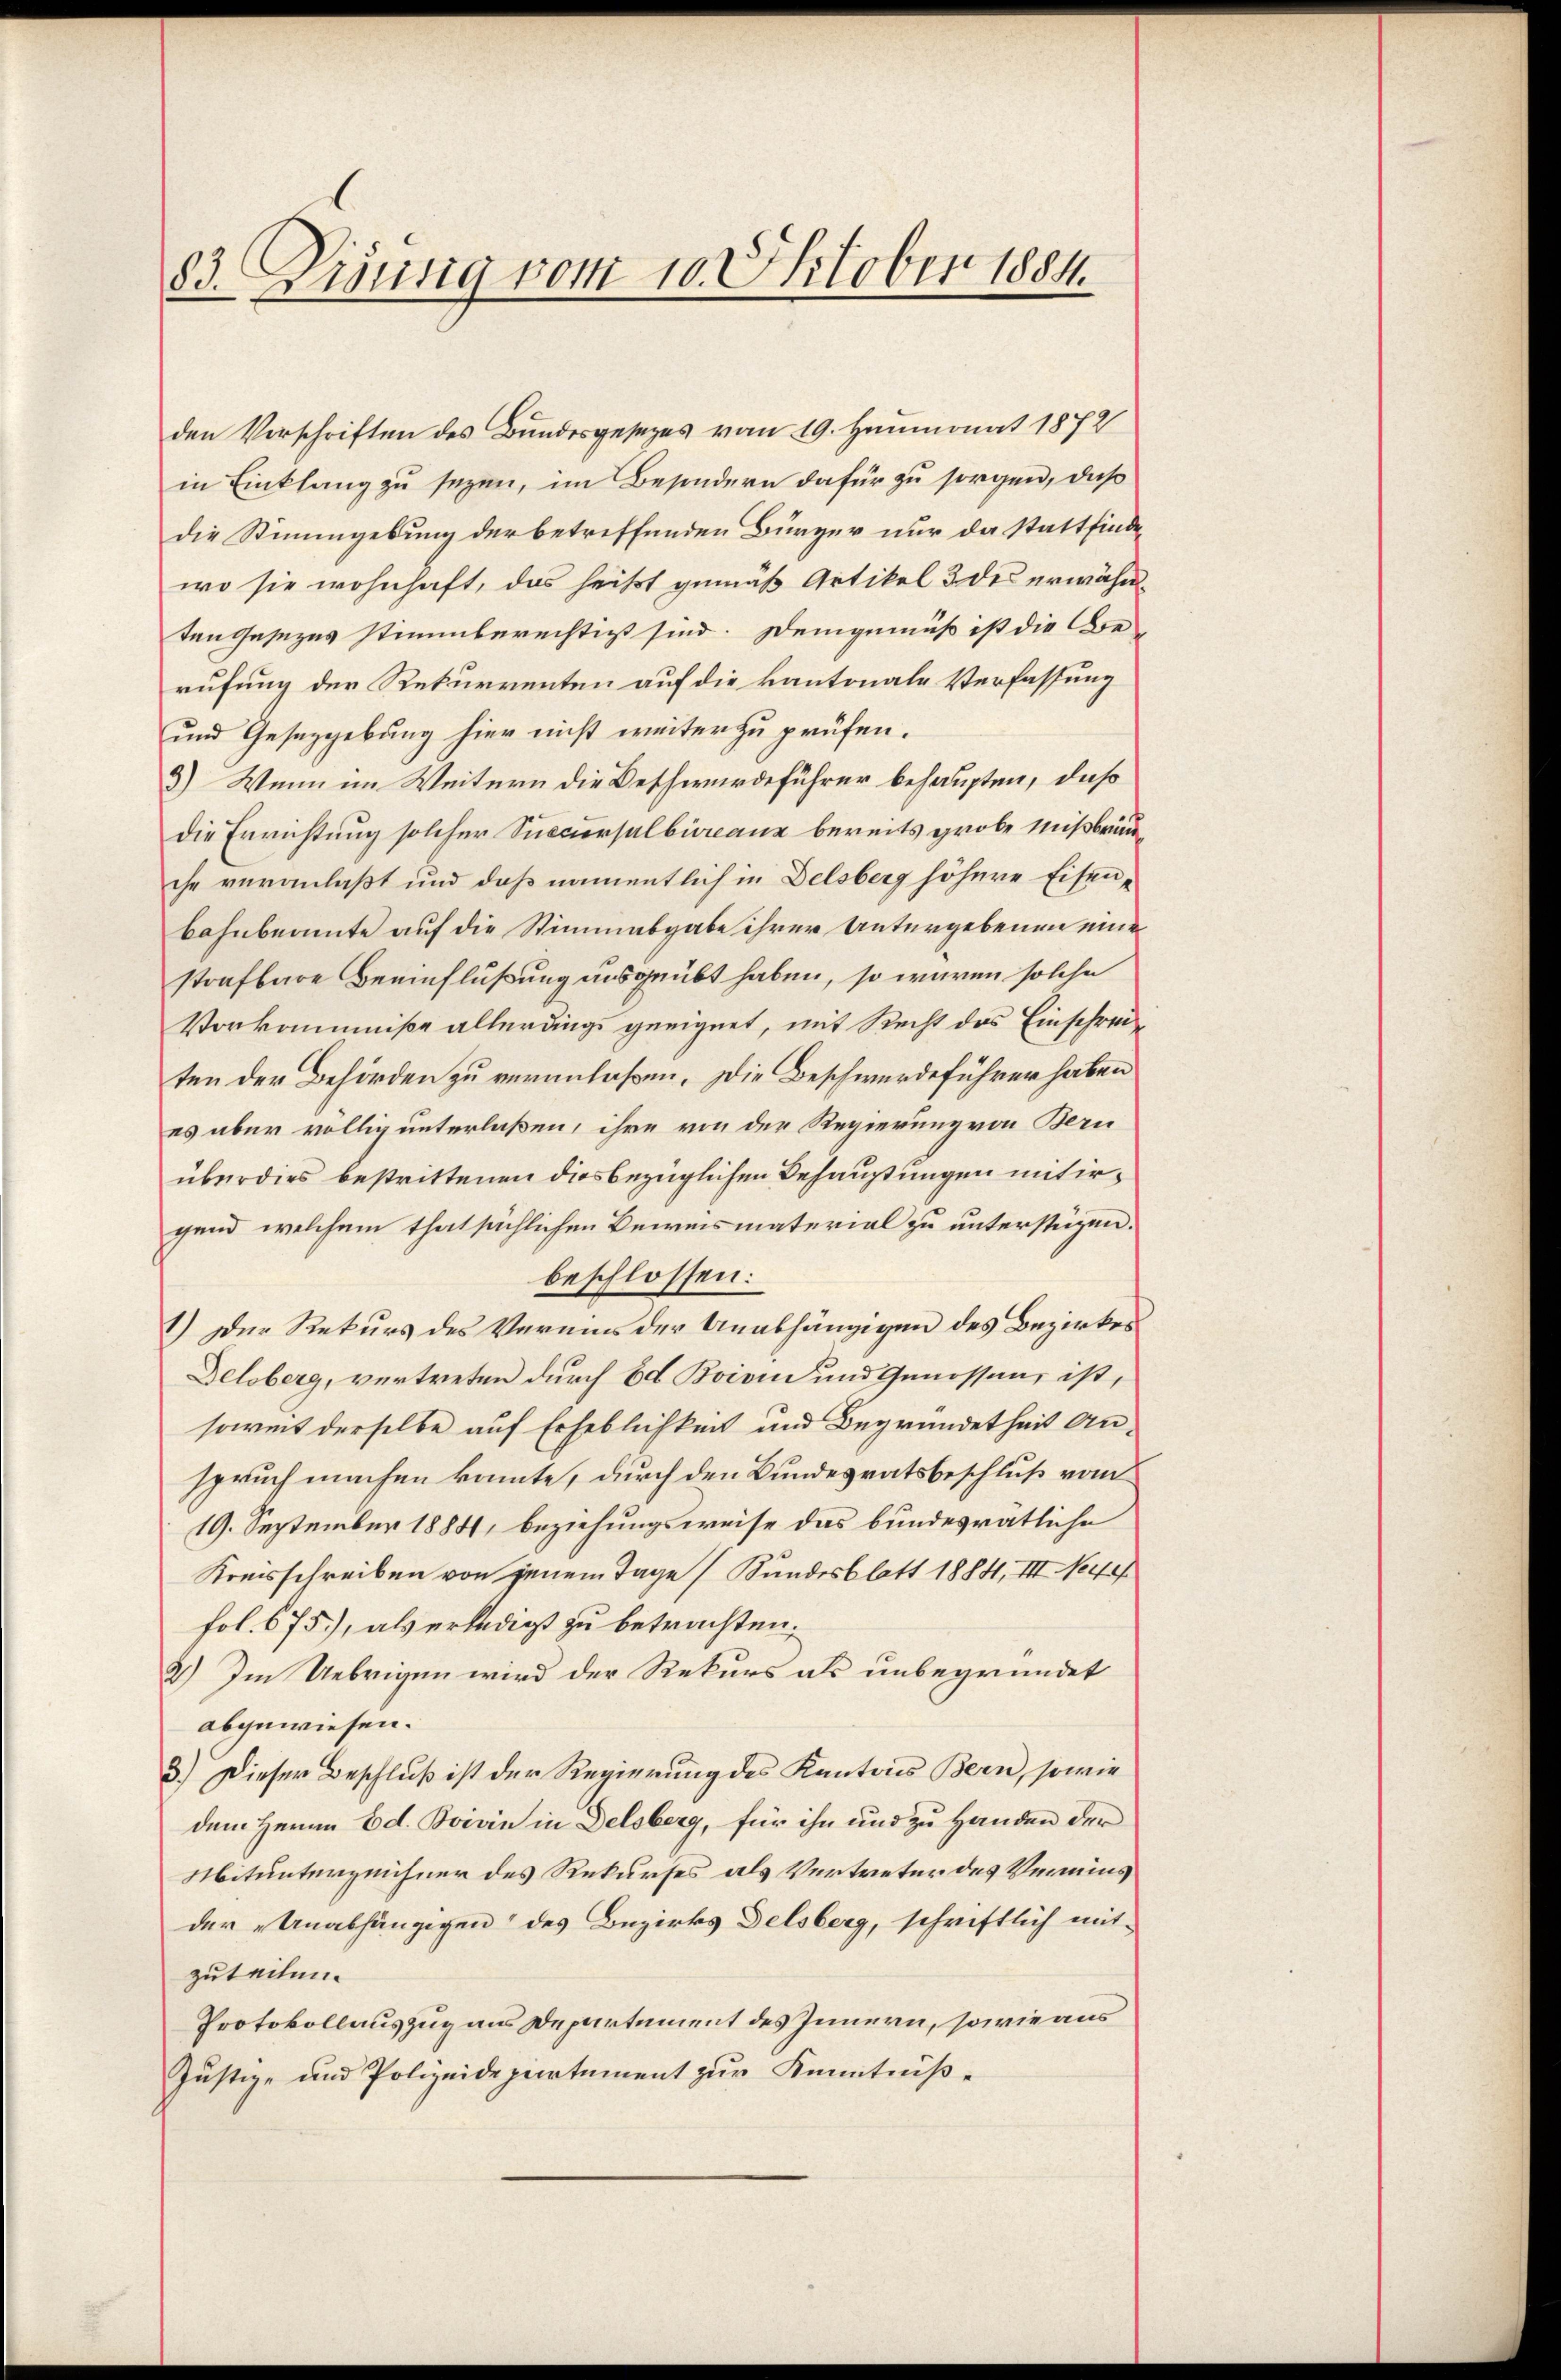
83. Diensig vom 10. Oktober 1884.

den Vorschriften des Bundesgesezes vom 19. Heumonat 1872
in Einklang zu sezen, im Besondern dafür zu sorgen, daß
die Stimmgebung der betreffenden Bürger nur da stattfindewo sie wohnhaft, das heißt gemäß Artikel 3 des erwähn
ten Gesezes stimmberechtigt sind. Demgemäß ist die Die
rufung der Rekurrenten auf die kantonale Verfassung
und Gesetzgebung hier nicht weiter zu prüfen.
3) Wenn im Weitern die Beschwerdeführer behaupten, das
die Errichtung solcher Sieciersalbureaux bereits grobe Mißbräu
che veranlaßt und daß namentlich in Delsberg höhere Eisen¬
Bahnbeamte auf die Stimmabgabe ihrer Untergebenen eine
strafbare Beeinflußung ausgeübt haben, so waren solche
Vorkommniße allerdings geeignet, mit Recht des Einschrei-
ten der Behörden zu veranlaßen. Die Beschwerdeführer haben
es aber völlig unterlaßen, ihre von der Regierung von Bern
überdies bestrittenen dies bezüglichen Behausungen mit irgend welchem thatsächlichen Beweismaterial zu unterstüzen.
beschlossen:
1.) Der Rekurs des Vermis der Unabhängigen des Bezirkes
Delsberg, vertreten durch Ed. Boiven und Genossen, ist,
soweit derselbe auf Erheblichkeit und Begründetheit Anspruch machen könnte, durch den Bundesratsbeschluß vom
19. September 1884, beziehungsweise das bundesrätliche
Kreisschreiben von jenem Tage (Bundesblatt 1884, III No 40/
fol. 675), als erledigt zu betrachten.
2.) Im Uebrigen wird der Rekurs als unbegründet
abgewiesen.
3.) Dieser Beschluß ist der Regierung des Kantons Bern, sowie
dem Herrn Ed. Boivin in Delsberg, für ihn und zu Handen der
Mitunterzeichner des Rekurses als Vertreter des Vermins
der „Unabhängigen des Bezirks Delsberg, schriftlich mit-
zuteilen.
Protokollauszug aus Departement des Innern, sowie aus
Justiz- und Polizeidepartement zur Kenntniß¬

.